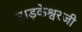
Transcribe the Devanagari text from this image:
ताड़केश्वरजी